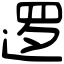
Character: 逻